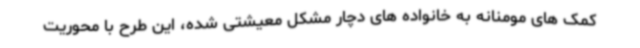
کمک های مومنانه به خانواده های دچار مشکل معیشتی شده، این طرح با محوریت